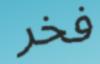
فخر